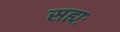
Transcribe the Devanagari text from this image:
सह्यः